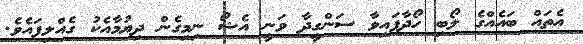
އެތައް ބައެއްގެ ލޯބި ހޯދާފައިވާ ސަންގީދާ ވަނީ އެޝޯ ނިމިގެން ދިޔުމާއެކު ގެއްލިފައެވެ.